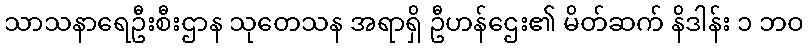
သာသနာရေဦးစီးဌာန သုတေသန အရာရှိ ဦဟန်ဌေး၏ မိတ်ဆက် နိဒါန်း ၁ ဘဝ